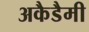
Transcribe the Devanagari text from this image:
अकैडैमी